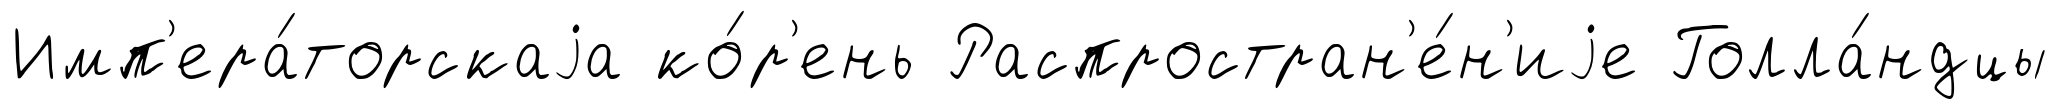
Имп'ера́торскаjа ко́р'ень Распростран'е́н'иjе Голла́ндцы